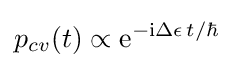
p_{cv}(t)\propto \mathrm {e} ^{-\mathrm {i} \Delta \epsilon \,t/\hbar }